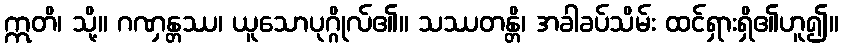
ဣတိ၊ သို့။ ဂဏှန္တဿ၊ ယူသောပုဂ္ဂိုလ်၏။ သဿတန္တိ၊ အခါခပ်သိမ်း ထင်ရှားရှိ၏ဟူ၍။